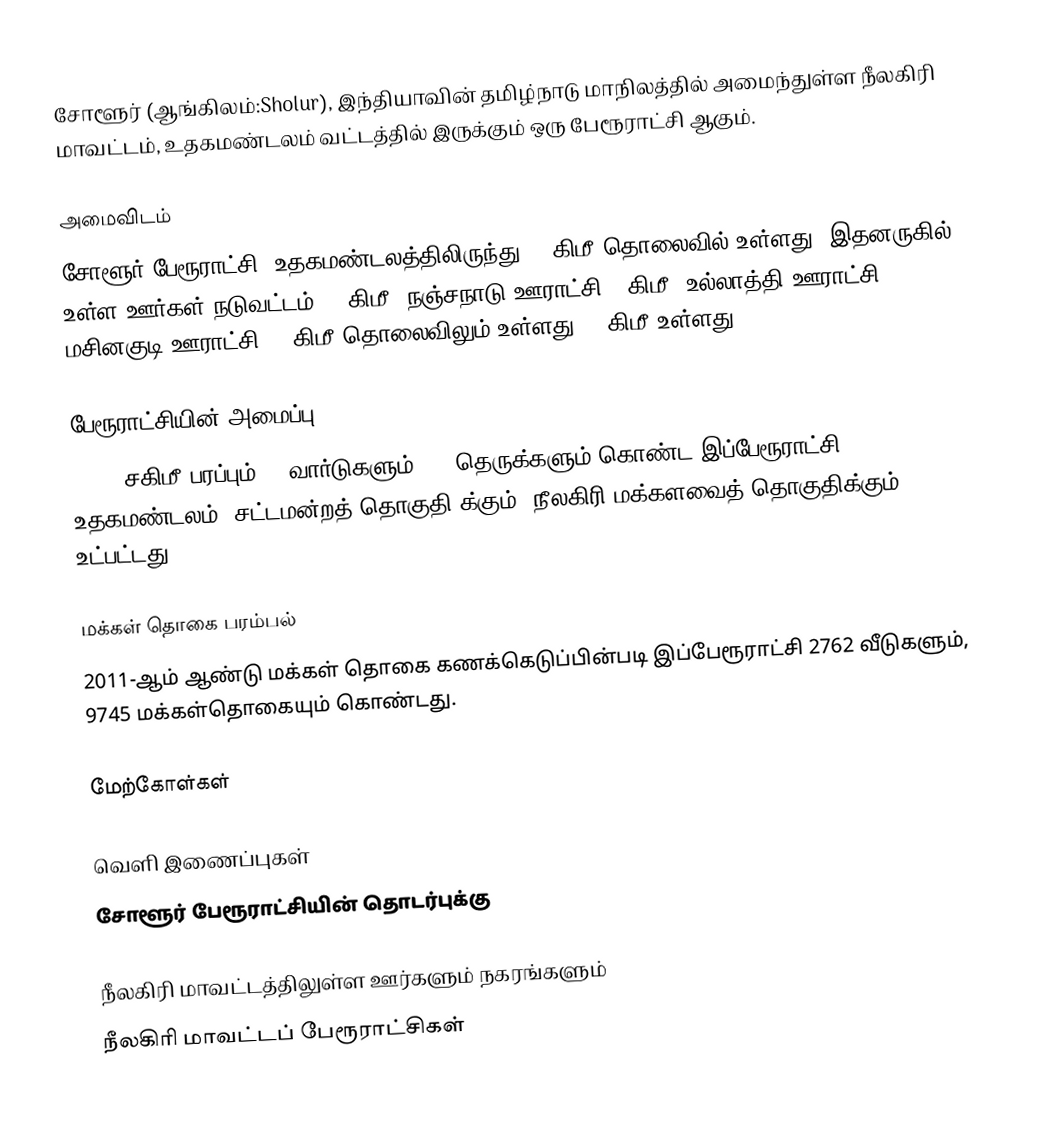
சோளூர் (ஆங்கிலம்:Sholur), இந்தியாவின் தமிழ்நாடு மாநிலத்தில் அமைந்துள்ள நீலகிரி மாவட்டம், உதகமண்டலம் வட்டத்தில் இருக்கும் ஒரு பேரூராட்சி ஆகும்.

அமைவிடம்
சோளூர் பேரூராட்சி, உதகமண்டலத்திலிருந்து 21 கிமீ தொலைவில் உள்ளது. இதனருகில் உள்ள ஊர்கள் நடுவட்டம் 16 கிமீ; நஞ்சநாடு ஊராட்சி 9 கிமீ, உல்லாத்தி ஊராட்சி, மசினகுடி ஊராட்சி 42 கிமீ தொலைவிலும் உள்ளது.  7 கிமீ உள்ளது.

பேரூராட்சியின் அமைப்பு
35.80 சகிமீ பரப்பும், 15வார்டுகளும்,   36 தெருக்களும்  கொண்ட இப்பேரூராட்சி  உதகமண்டலம் (சட்டமன்றத் தொகுதி)க்கும், நீலகிரி மக்களவைத் தொகுதிக்கும் உட்பட்டது.

மக்கள் தொகை பரம்பல்
2011-ஆம் ஆண்டு மக்கள் தொகை கணக்கெடுப்பின்படி  இப்பேரூராட்சி   2762 வீடுகளும்,  9745  மக்கள்தொகையும் கொண்டது.

மேற்கோள்கள்

வெளி இணைப்புகள்
சோளூர் பேரூராட்சியின் தொடர்புக்கு

நீலகிரி மாவட்டத்திலுள்ள ஊர்களும் நகரங்களும்
நீலகிரி மாவட்டப் பேரூராட்சிகள்